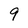
Character: 9